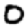
Digit: 0